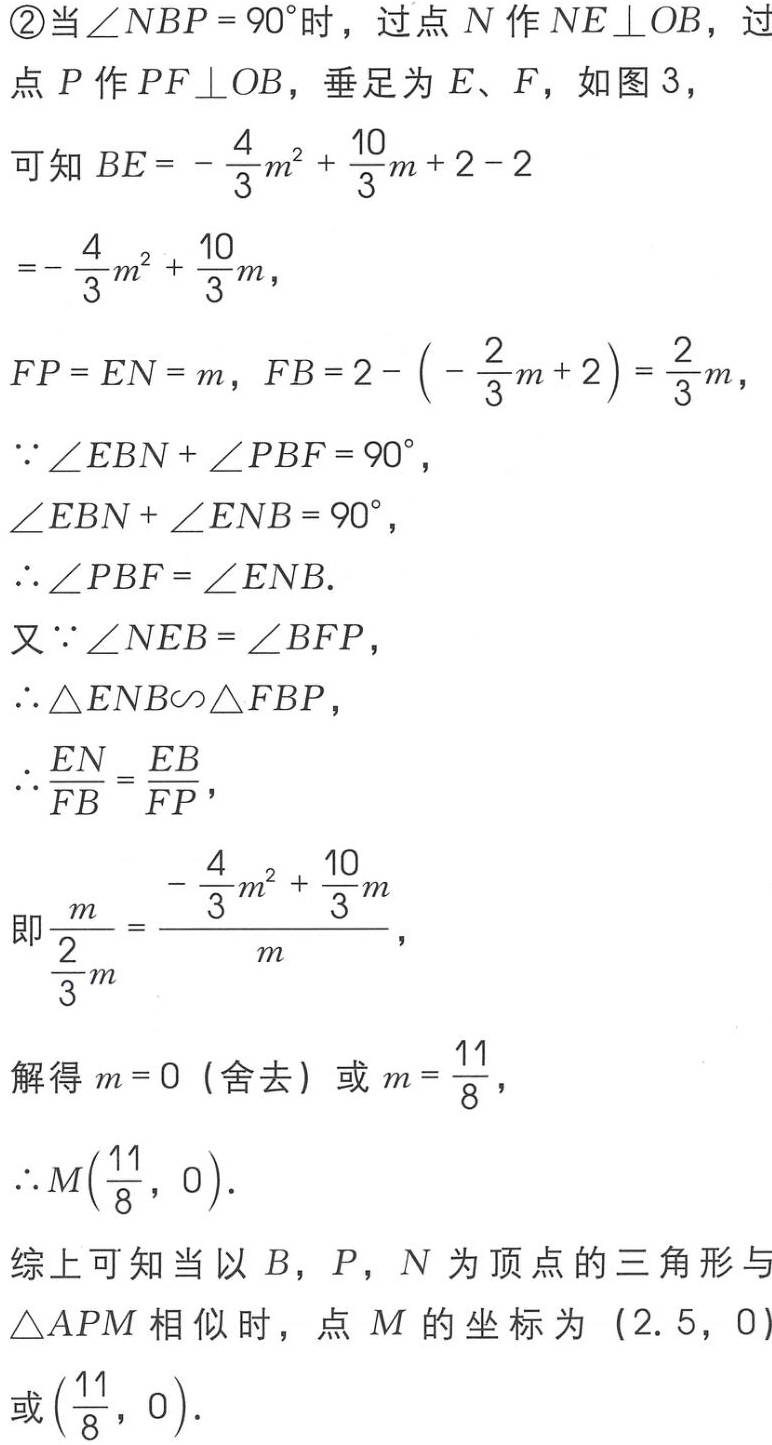
\textcircled{2}当\(\angle NBP = 90^{\circ}\)时，过点 \(N\) 作 \(NE\perp OB\)，过
点 \(P\) 作 \(PF\perp OB\)，垂足为 \(E、F\)，如图 \(3\)，
可知 \(BE = -\frac{4}{3}m^{2}+\frac{10}{3}m + 2 - 2\)
\(=-\frac{4}{3}m^{2}+\frac{10}{3}m\)，
\(FP = EN = m\)，\(FB = 2 - (-\frac{2}{3}m + 2)=\frac{2}{3}m\)，
\(\because\angle EBN+\angle PBF = 90^{\circ}\)，
\(\angle EBN+\angle ENB = 90^{\circ}\)，
\(\therefore\angle PBF=\angle ENB\).
又\(\because\angle NEB=\angle BFP\)，
\(\therefore\triangle ENB\sim\triangle FBP\)，
\(\therefore\frac{EN}{FB}=\frac{EB}{FP}\)，
即\(\frac{m}{\frac{2}{3}m}=\frac{-\frac{4}{3}m^{2}+\frac{10}{3}m}{m}\)，
解得 \(m = 0\)（舍去）或 \(m=\frac{11}{8}\)，
\(\therefore M(\frac{11}{8},0)\).
综上可知当以 \(B\)，\(P\)，\(N\) 为顶点的三角形
与\(\triangle APM\)相似时，点 \(M\) 的坐标为 \((2.5,0)\)
或\((\frac{11}{8},0)\).